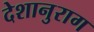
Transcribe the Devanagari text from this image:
देशानुराग